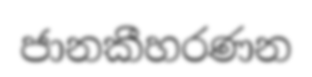
ජානකීහරණන